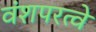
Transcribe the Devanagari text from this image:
वंशपरत्वे